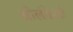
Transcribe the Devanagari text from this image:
श्रीलंकेशी